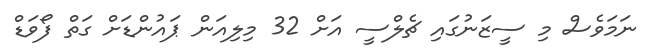
ނަމަވެސް މި ސީޒަނުގައި ޗެލްސީ އަށް 32 މިިލިއަން ޕައުންޑަށް ގަތް ފޯވަޑް